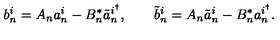
b _ { n } ^ { i } = A _ { n } a _ { n } ^ { i } - B _ { n } ^ { * } \tilde { a } _ { n } ^ { i ^ { \dagger } } , \qquad \tilde { b } _ { n } ^ { i } = A _ { n } \tilde { a } _ { n } ^ { i } - B _ { n } ^ { * } a _ { n } ^ { i ^ { \dagger } } .